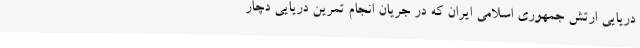
دریایی ارتش جمهوری اسلامی ایران که در جریان انجام تمرین دریایی دچار